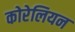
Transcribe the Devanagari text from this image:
कोरेलियन